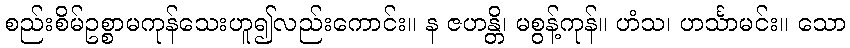
စည်းစိမ်ဥစ္စာမကုန်သေးဟူ၍လည်းကောင်း။ န ဇဟန္တိ၊ မစွန့်ကုန်။ ဟံသ၊ ဟင်္သာမင်း။ သော